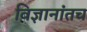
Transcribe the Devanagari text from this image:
विज्ञानांतच